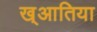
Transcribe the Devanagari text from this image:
ख्आतिया